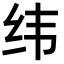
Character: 纬